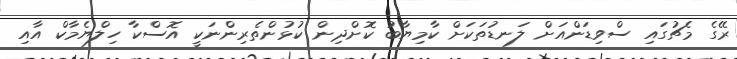
ރޭގެ މެޗުގައި ސްވިޑަންއަށް ލަނޑުތަކަށް ކާމިޔާބު ކޮށްދިން ކުޅުންތެރިންނަކީ އޮސްކާ ހިލްޔެމާކް އާއި